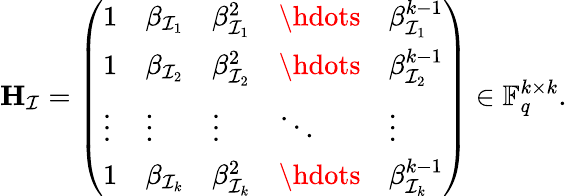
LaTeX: \mathbf{H}_{\mathcal{I}}=\left(\begin{array}{lllll}{1}&{\beta_{\mathcal{I}_{1}}}&{\beta_{\mathcal{I}_{1}}^{2}}&{\hdots}&{\beta_{\mathcal{I}_{1}}^{k-1}}\\ {1}&{\beta_{\mathcal{I}_{2}}}&{\beta_{\mathcal{I}_{2}}^{2}}&{\hdots}&{\beta_{\mathcal{I}_{2}}^{k-1}}\\ {\vdots}&{\vdots}&{\vdots}&{\ddots}&{\vdots}\\ {1}&{\beta_{\mathcal{I}_{k}}}&{\beta_{\mathcal{I}_{k}}^{2}}&{\hdots}&{\beta_{\mathcal{I}_{k}}^{k-1}}\end{array}\right)\in\mathbb{F}_{q}^{k\times k}.